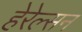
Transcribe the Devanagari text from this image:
हेरेल्सन